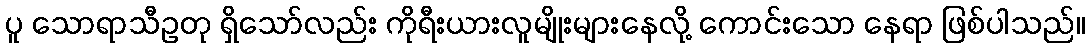
ပူ သောရာသီဥတု ရှိသော်လည်း ကိုရီးယားလူမျိုးများနေလို့ ကောင်းသော နေရာ ဖြစ်ပါသည်။